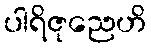
ပါရိဇုညေဟိ